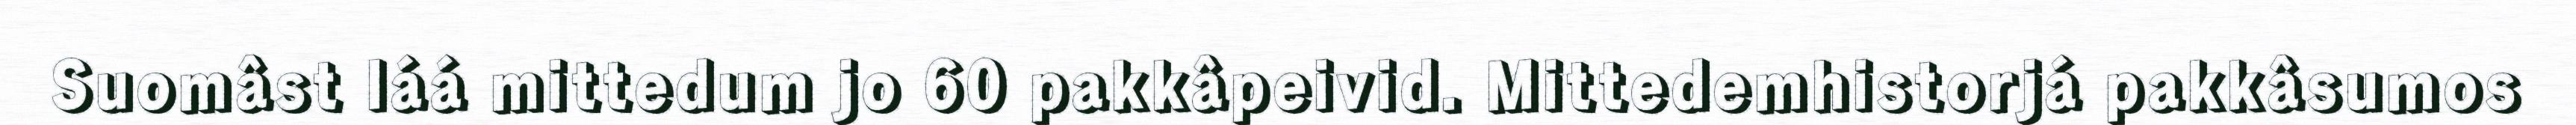
Suomâst láá mittedum jo 60 pakkâpeivid. Mittedemhistorjá pakkâsumos